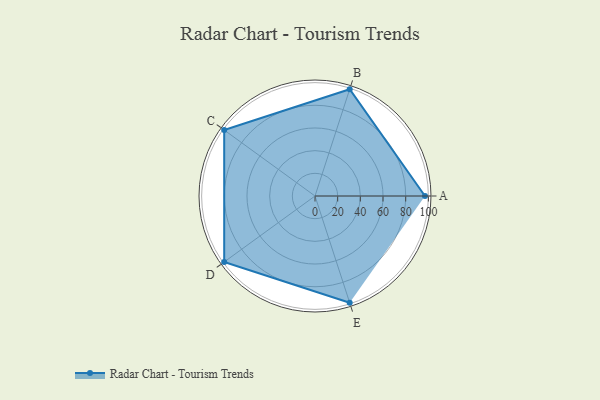
{"axis": {"x": "Skill", "y": "Score"}, "legend": ["Profile"], "data": [{"x": "A", "y": 97.0, "type": "Profile"}, {"x": "B", "y": 99, "type": "Profile"}, {"x": "C", "y": 99, "type": "Profile"}, {"x": "D", "y": 99, "type": "Profile"}, {"x": "E", "y": 99, "type": "Profile"}]}